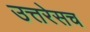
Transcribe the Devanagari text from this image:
उत्तरेसच